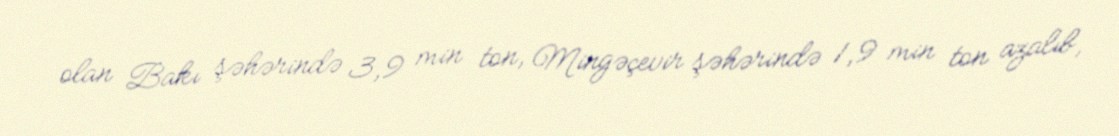
olan Bakı şəhərində 3,9 min ton, Mingəçevir şəhərində 1,9 min ton azalıb,